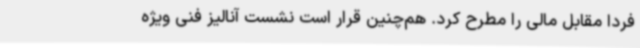
فردا مقابل مالی را مطرح کرد. هم‌چنین قرار است نشست آنالیز فنی ویژه